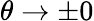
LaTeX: \theta\rightarrow\pm 0